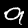
Label: 9